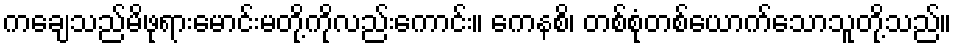
ကချေသည်မိဖုရားမောင်းမတို့ကိုလည်းကောင်း။ ကေနစိ၊ တစ်စုံတစ်ယောက်သောသူတို့သည်။